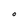
Character: O